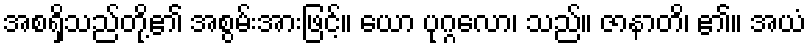
အစရှိသည်တို့၏ အစွမ်းအားဖြင့်။ ယော ပုဂ္ဂလော၊ သည်။ ဇာနာတိ၊ ၏။ အယံ